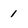
Character: 1